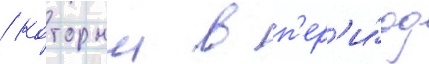
/ которыи в п'ер'и́од